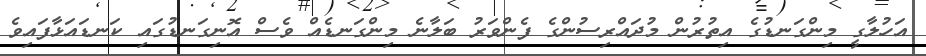
އަހުލާގީ މިންގަނޑުގެ އިތުރުން މުދައްރިސުންގެ ފެންވަރު ބަލާނެ މިންގަނޑެއް ވެސް އޮނިގަނޑުގައި ކަނޑައަޅާފައިވެ